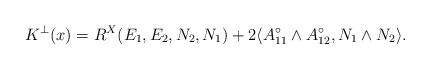
LaTeX: \begin{align*} K^\perp(x) = R^X(E_1,E_2,N_2,N_1) + 2 \langle A^\circ_{11}\wedge A^\circ_{12} ,N_1\wedge N_2 \rangle . \end{align*}